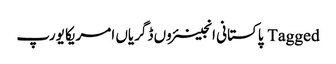
Tagged پاکستانی انجینئروں ڈگریاں امریکا یورپ